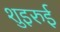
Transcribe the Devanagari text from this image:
शुइरुई